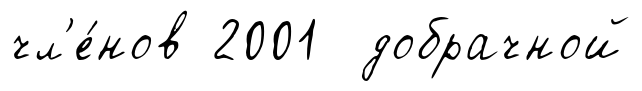
чл'е́нов 2001 добрачной